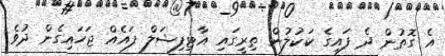
އެ ގޮތުން ދެ ފައިގެ ކަކުލުން ތިރީގައި އާޓިފިޝަލް ފައެއް ޖަހައިގެން ދުވެ